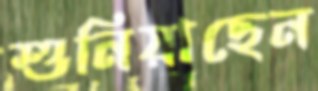
শুনিয়াছেন